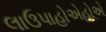
લાઉપાહોએહોએ